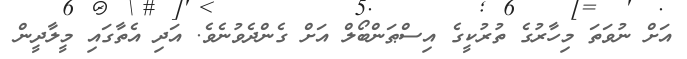
އަށް ނުވަތަ މިހާރުގެ ތުރުކީގެ އިސްޠަންބޯލް އަށް ގެންދެވުނެވެ. އަދި އެތާގައި މީލާދީން